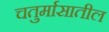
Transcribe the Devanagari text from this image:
चतुर्मासातील